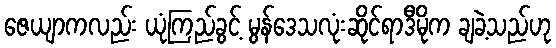
ဇေယျာကလည်း ယုံကြည်ခွင့် မွန်ဒေသလုံးဆိုင်ရာဒီမိုက ချခဲ့သည်ဟု